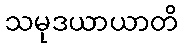
သမုဒယာယာတိ